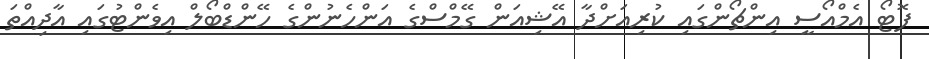
ފޮޓޯ އެމްއޯސީ އިންޗޯންގައި ކުރިއަށްދާ އޭޝިއަން ގޭމްސްގެ އަންހެނުންގެ ހޭންޑްބޯލް އިވެންޓުގައި އާދިއްތަ